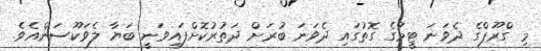
މި ގްރޫޕްގެ ދެވަނަ ޓީމުގެ ގޮތުގައި ދެވަނަ ބުރަށް ދަތުރުކޮށްފައިވަނީ ބަޔާ ލެވަކޫސަންއެވެ.